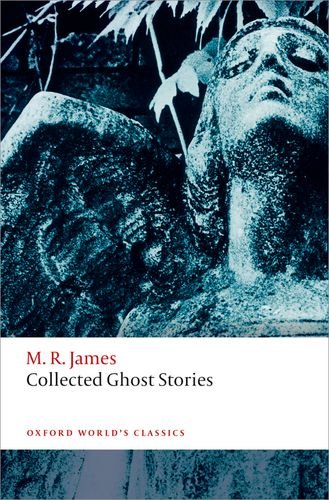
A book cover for Collected Ghost Stories (Oxford World's Classics); M. R. James; Literature & Fiction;